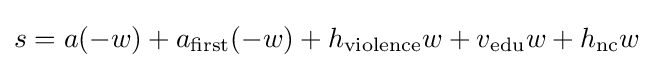
s=a(-w)+a_{\text{first}}(-w)+h_{\text{violence}}w+v_{\text{edu}}w+h_{\text{nc}}w